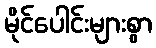
မိုင်ပေါင်းများစွာ